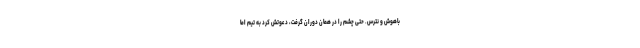
باهوش و نترس. حتی چشم را در همان دوران گرفت، دعوتش کرد به تیم اما